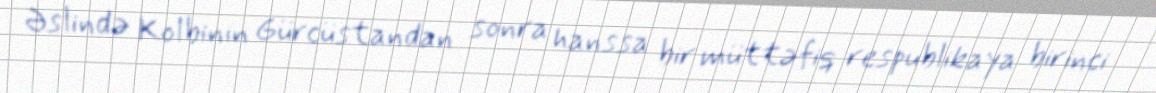
Əslində Kolbinin Gürcüstandan sonra hanssa bir müttəfiq respublikaya birinci